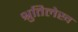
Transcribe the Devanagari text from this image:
श्रुतिलेख